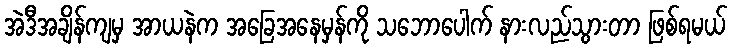
အဲဒီအချိန်ကျမှ အာယနဲက အခြေအနေမှန်ကို သဘောပေါက် နားလည်သွားတာ ဖြစ်ရမယ်